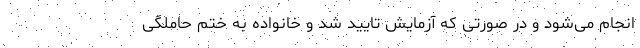
انجام می‌شود و در صورتی که آزمایش تایید شد و خانواده به ختم حاملگی